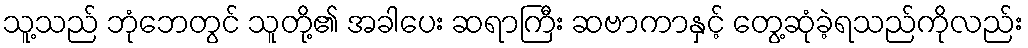
သူ့သည် ဘုံဘေတွင် သူတို့၏ အခါပေး ဆရာကြီး ဆဗာကာနှင့် တွေ့ဆုံခဲ့ရသည်ကိုလည်း